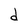
Character: d